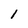
Character: 1